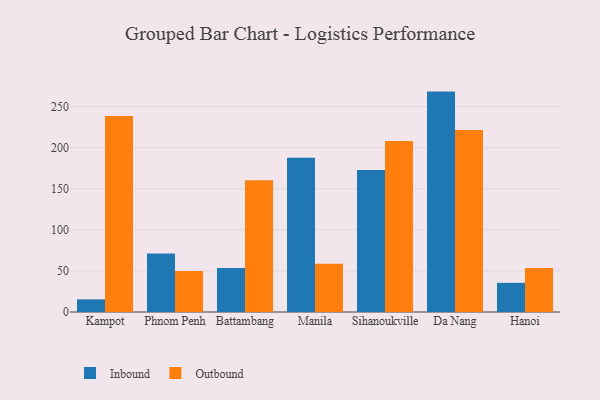
{"axis": {"x": "City", "y": "Latency (ms)"}, "legend": ["Inbound", "Outbound"], "data": [{"x": "Kampot", "y": 15.4, "type": "Inbound"}, {"x": "Kampot", "y": 238.5, "type": "Outbound"}, {"x": "Phnom Penh", "y": 71.3, "type": "Inbound"}, {"x": "Phnom Penh", "y": 49.8, "type": "Outbound"}, {"x": "Battambang", "y": 53.6, "type": "Inbound"}, {"x": "Battambang", "y": 160.3, "type": "Outbound"}, {"x": "Manila", "y": 187.6, "type": "Inbound"}, {"x": "Manila", "y": 58.6, "type": "Outbound"}, {"x": "Sihanoukville", "y": 172.9, "type": "Inbound"}, {"x": "Sihanoukville", "y": 208.0, "type": "Outbound"}, {"x": "Da Nang", "y": 268.2, "type": "Inbound"}, {"x": "Da Nang", "y": 221.6, "type": "Outbound"}, {"x": "Hanoi", "y": 35.5, "type": "Inbound"}, {"x": "Hanoi", "y": 53.6, "type": "Outbound"}]}